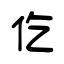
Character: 仡